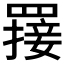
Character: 𦌈